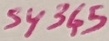
Text: SY345